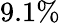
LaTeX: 9.1\%